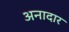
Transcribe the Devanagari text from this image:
अनादार